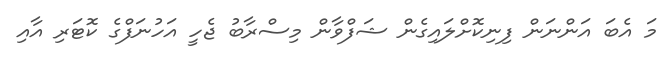
މަ އެބަ އަންނަން ފިނިކޮށްލައިގެން ޝަފްވާން މިސްރާބު ޖެހީ އަހުނަފްގެ ކޮޓަރި އާއި